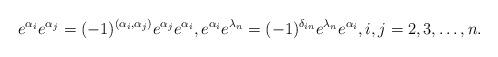
LaTeX: \begin{align*}e^{\alpha_{i}}e^{\alpha_{j}}=(-1)^{(\alpha_i,\alpha_j)}e^{\alpha_{j}}e^{\alpha_{i}},e^{\alpha_{i}}e^{\lambda_{n}}=(-1)^{\delta_{in}}e^{\lambda_{n}}e^{\alpha_{i}},i,j=2,3,\ldots,n.\end{align*}